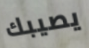
يصيبك